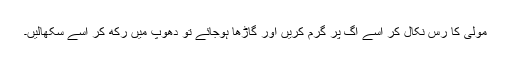
مولی کا رس نکال کر اسے آگ پر گرم کریں اور گاڑھا ہوجائے تو دھوپ میں رکھ کر اسے سکھالیں۔